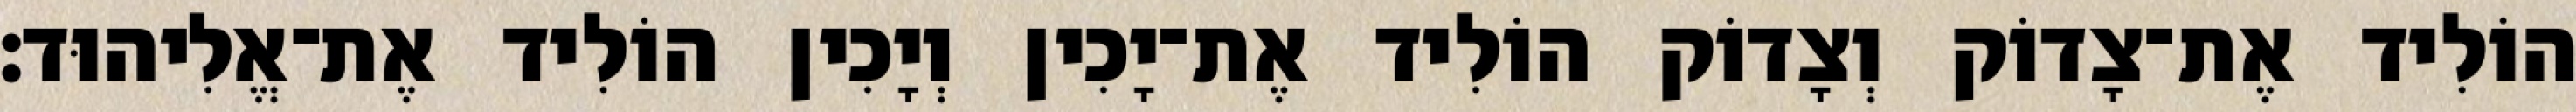
הוֹלִיד אֶת־צָדוֹק וְצָדוֹק הוֹלִיד אֶת־יָכִין וְיָכִין הוֹלִיד אֶת־אֱלִיהוּד׃